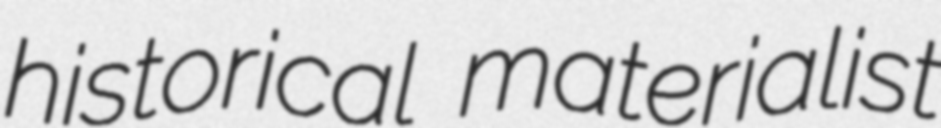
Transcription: historical materialist